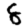
Digit: 8